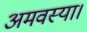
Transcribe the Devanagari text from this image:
अमवस्या।